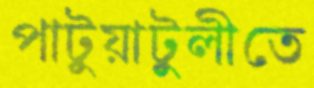
পাটুয়াটুলীতে